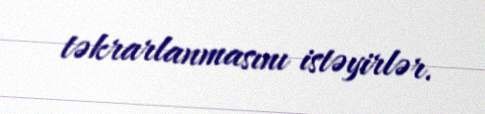
təkrarlanmasını istəyirlər.